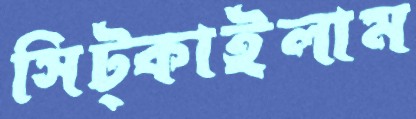
সিট্‌কাইলাম